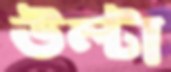
উল্‌টা